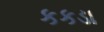
કકડા